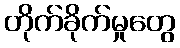
တိုက်ခိုက်မှုတွေ